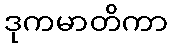
ဒုကမာတိကာ